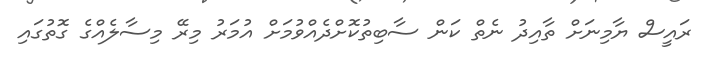
ރައީސް ޔާމިނަށް ތާއިދު ނެތް ކަން ސާބިތުކޮށްދެއްވުމަށް އުމަރު މިރޭ މިސާލެއްގެ ގޮތުގައި